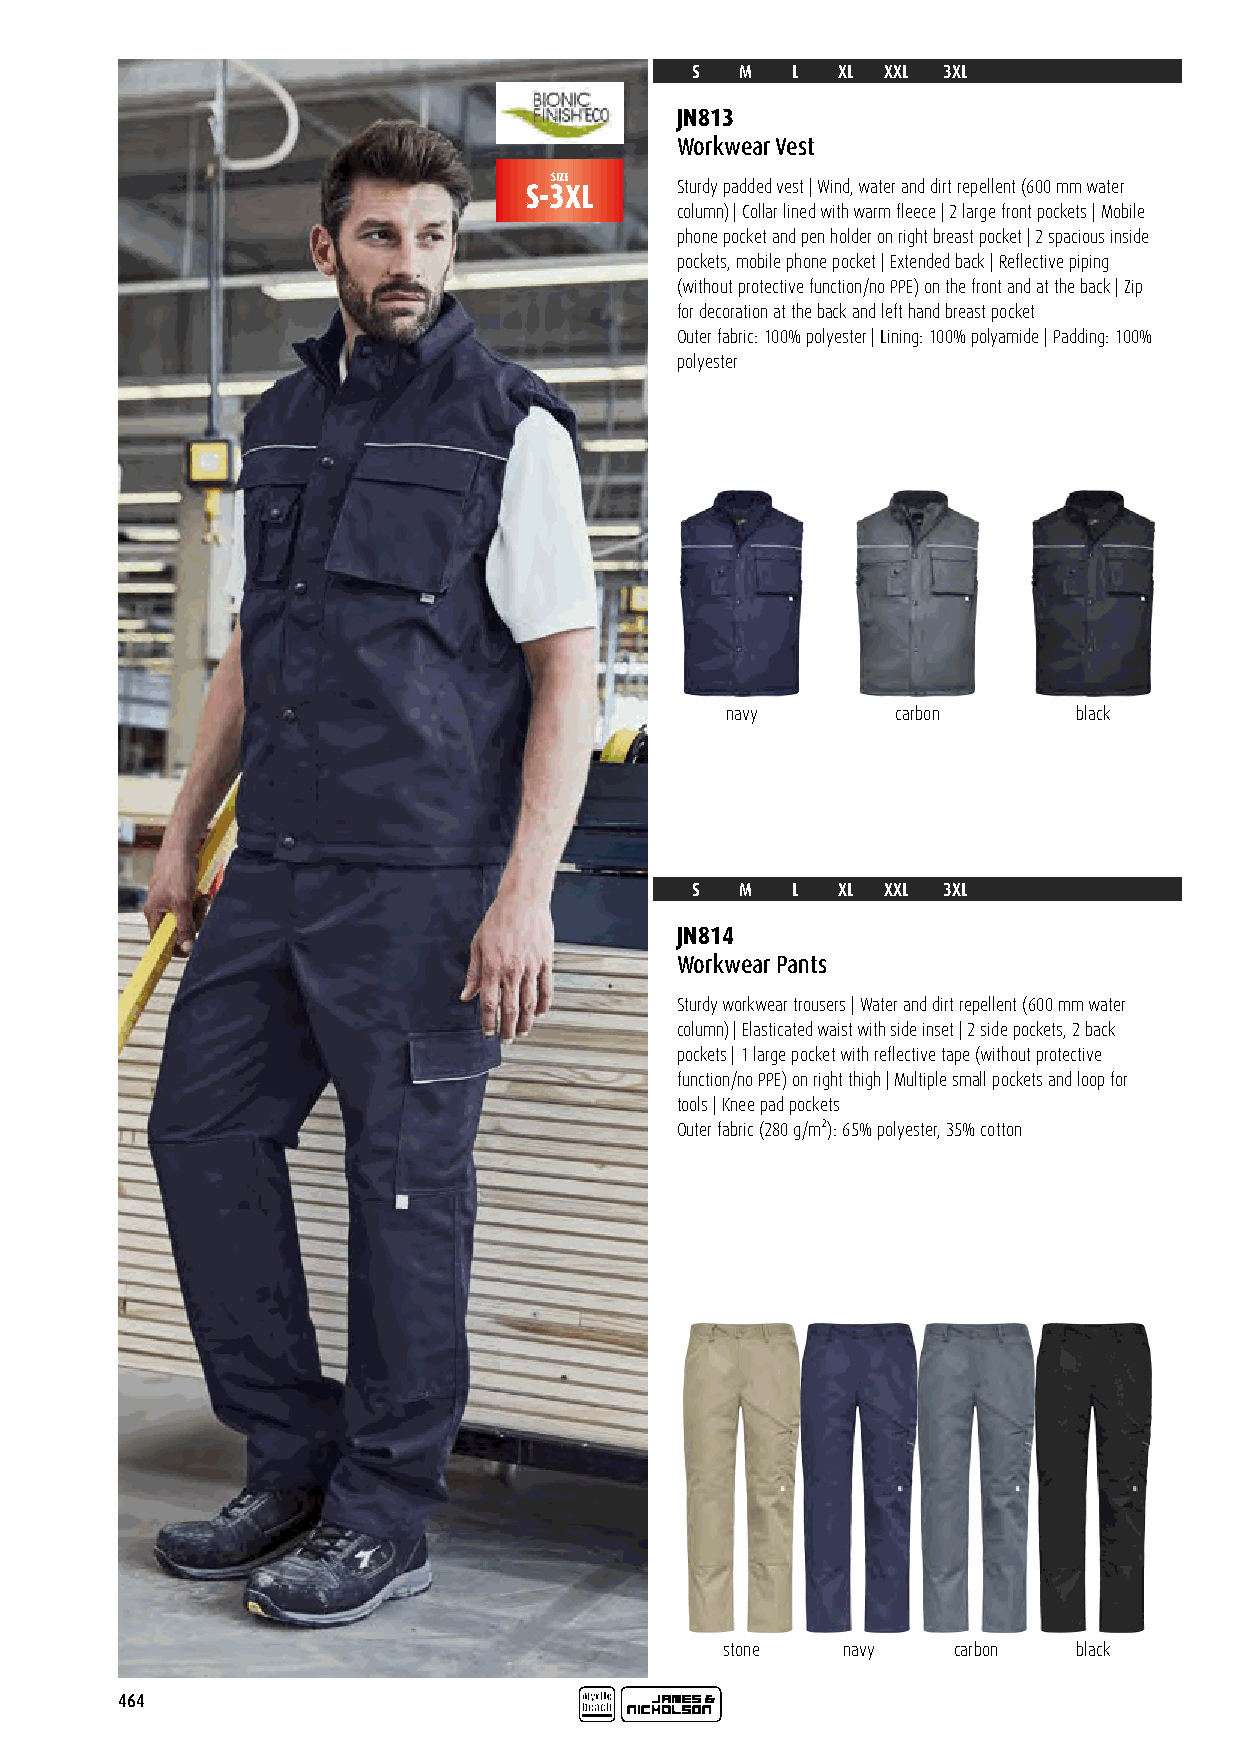
S  M  L  XL  XXL 3XL
 JN813
 Workwear Vest
 SIZE
 S-3XL     Sturdy padded vest | Wind, water and dirt repellent (600 mm water
 column) | Collar lined with warm fleece | 2 large front pockets | Mobile
 phone pocket and pen holder on right breast pocket | 2 spacious inside
 pockets, mobile phone pocket | Extended back | Reflective piping
 (without protective function/no PPE) on the front and at the back | Zip
 for decoration at the back and left hand breast pocket
 Outer fabric: 100% polyester | Lining: 100% polyamide | Padding: 100%
 polyester
 navy       carbon      black
 S  M  L  XL  XXL 3XL
 JN814
 Workwear Pants
 Sturdy workwear trousers | Water and dirt repellent (600 mm water
 column) | Elasticated waist with side inset | 2 side pockets, 2 back
 pockets | 1 large pocket with reflective tape (without protective
 function/no PPE) on right thigh | Multiple small pockets and loop for
 tools | Knee pad pockets
 Outer fabric (280 g/m²): 65% polyester, 35% cotton
 stone   navy   carbon  black
 464